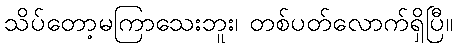
သိပ်တော့မကြာသေးဘူး၊ တစ်ပတ်လောက်ရှိပြီ။